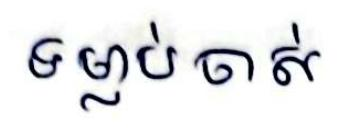
ទម្លាប់ចាស់